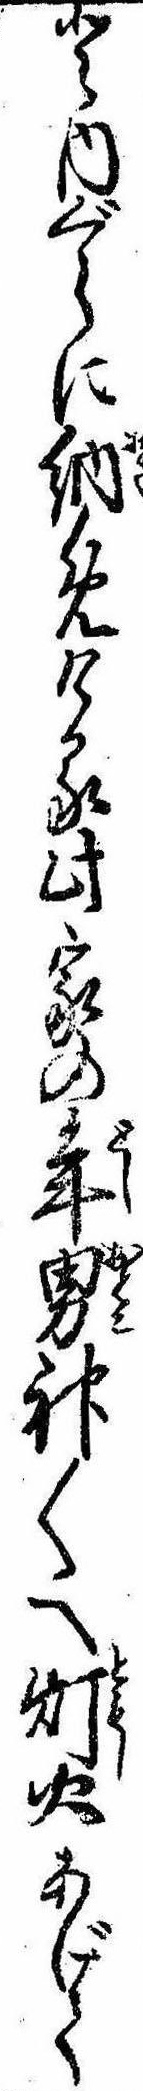
と内ぐらに納めける此家の年男神〱へ灯火あげて